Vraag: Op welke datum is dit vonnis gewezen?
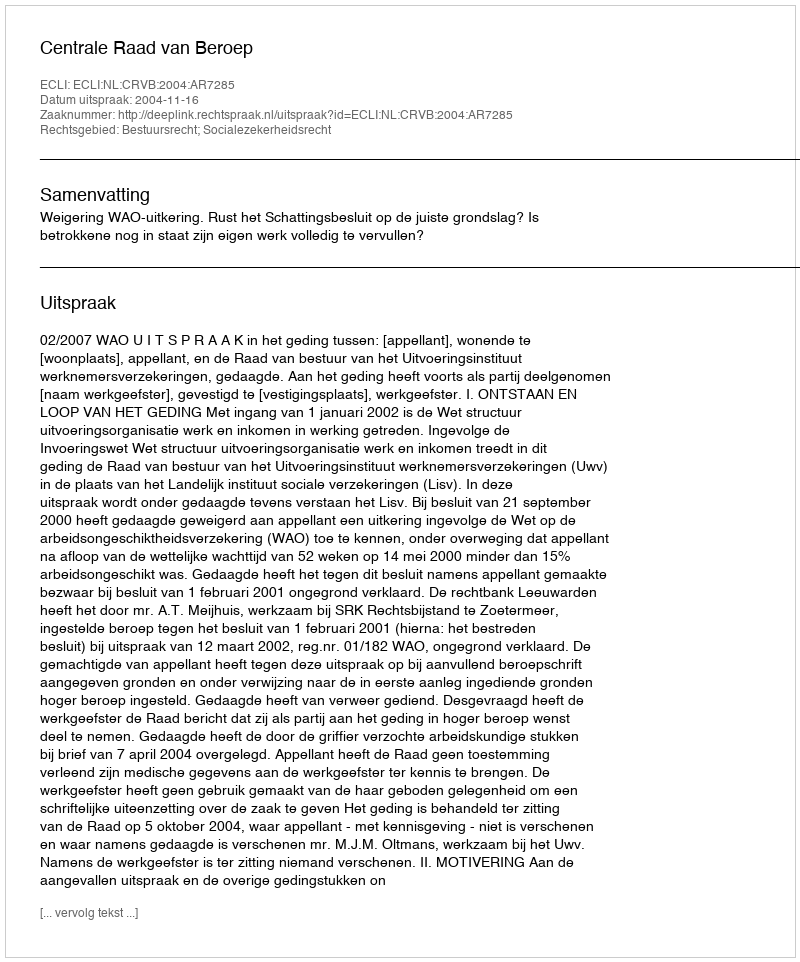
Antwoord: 2004-11-16